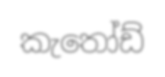
කැතෝඩ්